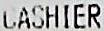
CASHIER